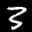
Label: 3